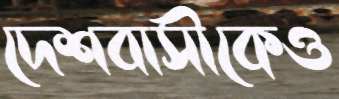
দেশবাসীকেও